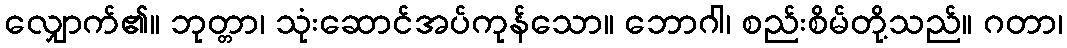
လျှောက်၏။ ဘုတ္တာ၊ သုံးဆောင်အပ်ကုန်သော။ ဘောဂါ၊ စည်းစိမ်တို့သည်။ ဂတာ၊